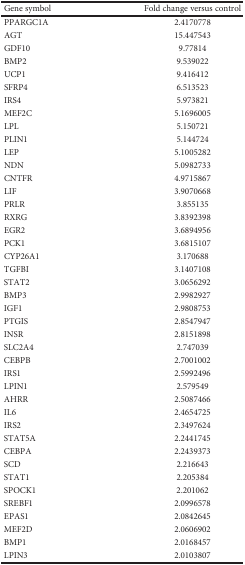
<table><thead><tr><td><b>Gene symbol</b></td><td><b>Fold change versus control</b></td></tr></thead><tbody><tr><td>PPARGC1A</td><td>2.4170778</td></tr><tr><td>AGT</td><td>15.447543</td></tr><tr><td>GDF10</td><td>9.77814</td></tr><tr><td>BMP2</td><td>9.539022</td></tr><tr><td>UCP1</td><td>9.416412</td></tr><tr><td>SFRP4</td><td>6.513523</td></tr><tr><td>IRS4</td><td>5.973821</td></tr><tr><td>MEF2C</td><td>5.1696005</td></tr><tr><td>LPL</td><td>5.150721</td></tr><tr><td>PLIN1</td><td>5.144724</td></tr><tr><td>LEP</td><td>5.1005282</td></tr><tr><td>NDN</td><td>5.0982733</td></tr><tr><td>CNTFR</td><td>4.9715867</td></tr><tr><td>LIF</td><td>3.9070668</td></tr><tr><td>PRLR</td><td>3.855135</td></tr><tr><td>RXRG</td><td>3.8392398</td></tr><tr><td>EGR2</td><td>3.6894956</td></tr><tr><td>PCK1</td><td>3.6815107</td></tr><tr><td>CYP26A1</td><td>3.170688</td></tr><tr><td>TGFBI</td><td>3.1407108</td></tr><tr><td>STAT2</td><td>3.0656292</td></tr><tr><td>BMP3</td><td>2.9982927</td></tr><tr><td>IGF1</td><td>2.9808753</td></tr><tr><td>PTGIS</td><td>2.8547947</td></tr><tr><td>INSR</td><td>2.8151898</td></tr><tr><td>SLC2A4</td><td>2.747039</td></tr><tr><td>CEBPB</td><td>2.7001002</td></tr><tr><td>IRS1</td><td>2.5992496</td></tr><tr><td>LPIN1</td><td>2.579549</td></tr><tr><td>AHRR</td><td>2.5087466</td></tr><tr><td>IL6</td><td>2.4654725</td></tr><tr><td>IRS2</td><td>2.3497624</td></tr><tr><td>STAT5A</td><td>2.2441745</td></tr><tr><td>CEBPA</td><td>2.2439373</td></tr><tr><td>SCD</td><td>2.216643</td></tr><tr><td>STAT1</td><td>2.205384</td></tr><tr><td>SPOCK1</td><td>2.201062</td></tr><tr><td>SREBF1</td><td>2.0996578</td></tr><tr><td>EPAS1</td><td>2.0842645</td></tr><tr><td>MEF2D</td><td>2.0606902</td></tr><tr><td>BMP1</td><td>2.0168457</td></tr><tr><td>LPIN3</td><td>2.0103807</td></tr></tbody></table>